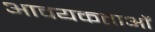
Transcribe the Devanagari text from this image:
आवयकताओं